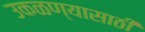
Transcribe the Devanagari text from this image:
उकळण्यासाठी